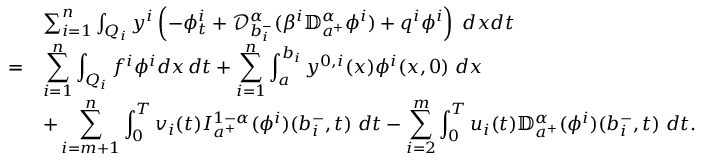
\begin{array} { r l } & { \sum _ { i = 1 } ^ { n } \int _ { Q _ { i } } y ^ { i } \left( - \phi _ { t } ^ { i } + \mathcal { D } _ { b _ { i } ^ { - } } ^ { \alpha } ( \beta ^ { i } \mathbb { D } _ { a ^ { + } } ^ { \alpha } \phi ^ { i } ) + q ^ { i } \phi ^ { i } \right) \; d x d t } \\ { = } & { \displaystyle \sum _ { i = 1 } ^ { n } \int _ { Q _ { i } } f ^ { i } \phi ^ { i } d x \, d t + \displaystyle \sum _ { i = 1 } ^ { n } \int _ { a } ^ { b _ { i } } y ^ { 0 , i } ( x ) \phi ^ { i } ( x , 0 ) \; d x } \\ & { + \displaystyle \sum _ { i = m + 1 } ^ { n } \int _ { 0 } ^ { T } v _ { i } ( t ) I _ { a ^ { + } } ^ { 1 - \alpha } ( \phi ^ { i } ) ( b _ { i } ^ { - } , t ) \; d t - \displaystyle \sum _ { i = 2 } ^ { m } \int _ { 0 } ^ { T } u _ { i } ( t ) \mathbb { D } _ { a ^ { + } } ^ { \alpha } ( \phi ^ { i } ) ( b _ { i } ^ { - } , t ) \; d t . } \end{array}